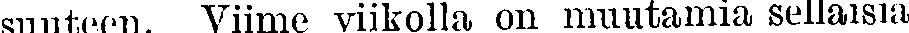
sunteen. Viime viikolla on muutamia sellaisia